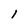
Character: l